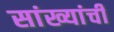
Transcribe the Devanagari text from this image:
सांख्यांची